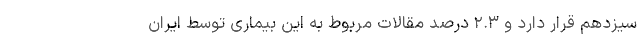
سیزدهم قرار دارد و ۲.۳ درصد مقالات مربوط به این بیماری توسط ایران